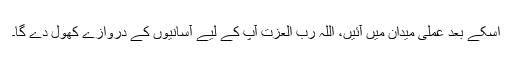
اسکے بعد عملی میدان میں آئیں، اللہ رب العزت آپ کے لیے آسانیوں کے دروازے کھول دے گا۔